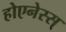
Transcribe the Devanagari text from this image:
होएनेस्स्